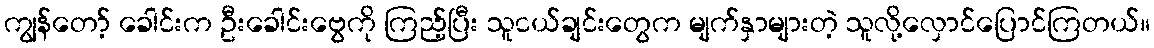
ကျွန်တော့် ခေါင်းက ဦးခေါင်းဗွေကို ကြည့်ပြီး သူငယ်ချင်းတွေက မျက်နှာများတဲ့ သူလို့လှောင်ပြောင်ကြတယ်။